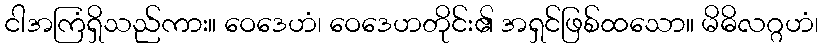
ငါအကြံရှိသည်ကား။ ဝေဒေဟံ၊ ဝေဒေဟတိုင်း၏ အရှင်ဖြစ်ထသော။ မိဓိလဂ္ဂဟံ၊